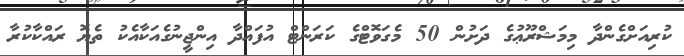
ކުރިއަށްގެންދާ މިމަޝްރޫޢުގެ ދަށުން 50 މެގަވޮޓްގެ ކަރަންޓް އުފައްދާ އިންޖީނުގެއަކާއެކު ތެޔޮ ރައްކާކުރާ